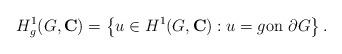
LaTeX: \begin{align*}H_{g}^{1}(G,\mathbf{C})=\left\{ u\in H^{1}(G,\mathbf{C}):u=g\text{on }\partial G\right\}.\end{align*}